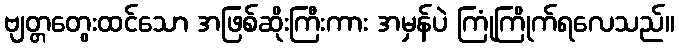
ဗျတ္တတွေးထင်သော အဖြစ်ဆိုးကြီးကား အမှန်ပဲ ကြုံကြိုက်ရလေသည်။